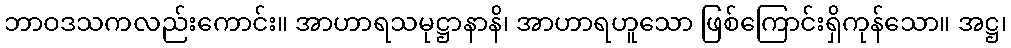
ဘာဝဒသကလည်းကောင်း။ အာဟာရသမုဋ္ဌာနာနိ၊ အာဟာရဟူသော ဖြစ်ကြောင်းရှိကုန်သော။ အဋ္ဌ၊